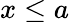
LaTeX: x\leq a